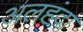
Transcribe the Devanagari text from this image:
अलहंदा